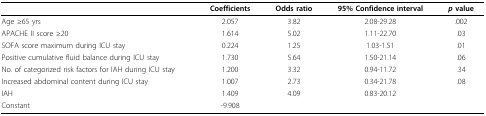
<table><thead><tr><td></td><td><b>Coefficients</b></td><td><b>Odds ratio</b></td><td><b>95% Confidence interval</b></td><td><b><i>p </i>value</b></td></tr></thead><tbody><tr><td>Age ≥65 yrs</td><td>2.057</td><td>3.82</td><td>2.08-29.28</td><td>.002</td></tr><tr><td>APACHE II score ≥20</td><td>1.614</td><td>5.02</td><td>1.11-22.70</td><td>.03</td></tr><tr><td>SOFA score maximum during ICU stay</td><td>0.224</td><td>1.25</td><td>1.03-1.51</td><td>.01</td></tr><tr><td>Positive cumulative fluid balance during ICU stay</td><td>1.730</td><td>5.64</td><td>1.50-21.14</td><td>.06</td></tr><tr><td>No. of categorized risk factors for IAH during ICU stay</td><td>1.200</td><td>3.32</td><td>0.94-11.72</td><td>.34</td></tr><tr><td>Increased abdominal content during ICU stay</td><td>1.007</td><td>2.73</td><td>0.34-21.78</td><td>.08</td></tr><tr><td>IAH</td><td>1.409</td><td>4.09</td><td>0.83-20.12</td><td></td></tr><tr><td>Constant</td><td>-9.908</td><td></td><td></td><td></td></tr></tbody></table>